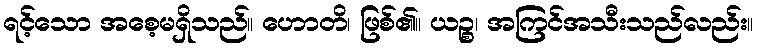
ရင့်သော အစေ့မရှိသည်။ ဟောတိ၊ ဖြစ်၏။ ယဉ္စ၊ အကြင်အသီးသည်လည်း။